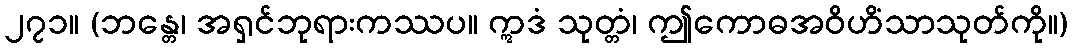
၂၇၁။ (ဘန္တေ၊ အရှင်ဘုရားကဿပ။ ဣဒံ သုတ္တံ၊ ဤကောဓအဝိဟိံသာသုတ်ကို။)